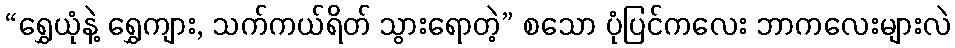
“ရွှေယုံနဲ့ ရွှေကျား, သက်ကယ်ရိတ် သွားရောတဲ့” စသော ပုံပြင်ကလေး ဘာကလေးများလဲ